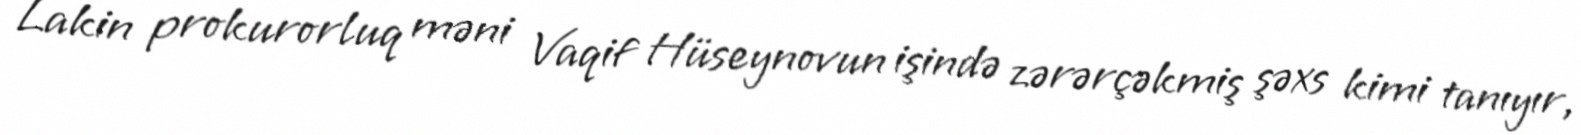
Lakin prokurorluq məni Vaqif Hüseynovun işində zərərçəkmiş şəxs kimi tanıyır,